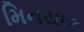
મિનયાક